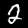
Digit: 2